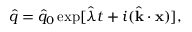
\hat { q } = \hat { q } _ { 0 } \exp [ \hat { \lambda } t + i ( \hat { \mathbf { k } } \cdot \mathbf { x } ) ] ,